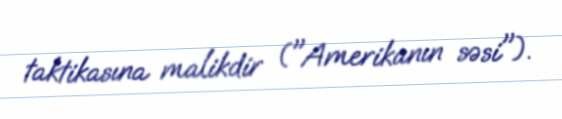
taktikasına malikdir ("Amerikanın səsi").